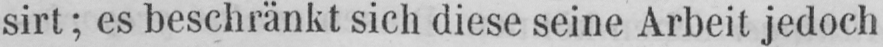
sirt; es beschränkt sich diese seine Arbeit jedoch